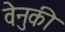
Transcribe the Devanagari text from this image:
वेनुकी